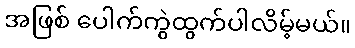
အဖြစ် ပေါက်ကွဲထွက်ပါလိမ့်မယ်။